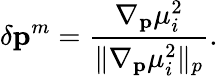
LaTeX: \delta\mathbf{{p}}^{m}=\frac{\nabla_{\mathbf{p}}\mu_{i}^{2}}{\| \nabla_{\mathbf{p}}\mu_{i}^{2}\| _{p}}.